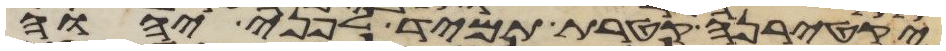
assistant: יקטירנה קטרת תמיד לפני יהוה